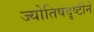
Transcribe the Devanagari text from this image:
ज्योतिषदृष्टीने